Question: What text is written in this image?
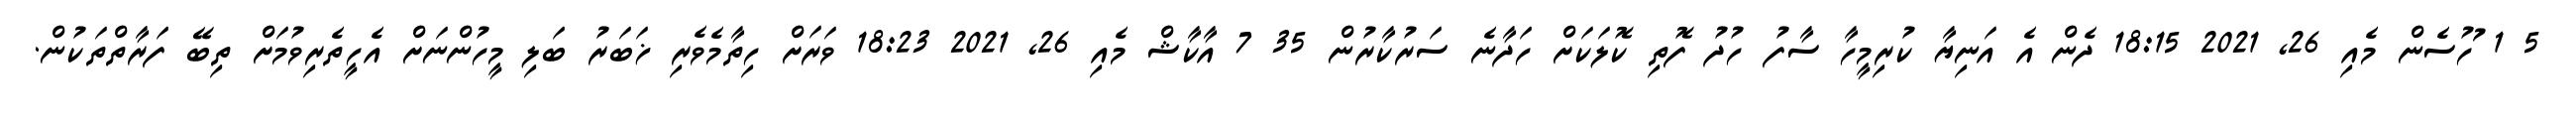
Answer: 5 1 ަުހުސެން މެއި 26, 2021 18:15 ދެން އެ އަނިޔާ ކުރިމީހާ ސާފު ހުދު ފޮތި ކޮލަކަށް ހަދާނެ ސަރުކާރުން 35 7 އާކާޝް މެއި 26, 2021 18:23 ވަރަށް ހިތާމެވެރި ޚަބަރު ބަލި މީހުންނަށް އެހީތެރިވުމަށް ތިބޭ ފަރާތްތަކުން.